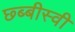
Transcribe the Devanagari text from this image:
छ्ब्बीस्वी